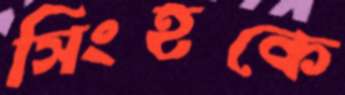
সিংহকে